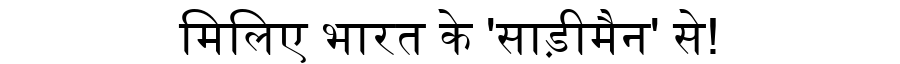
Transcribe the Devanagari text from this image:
मिलिए भारत के 'साड़ीमैन' से!